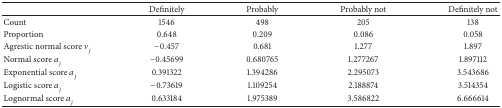
<table><thead><tr><td><b> </b></td><td><b>Definitely</b></td><td><b>Probably</b></td><td><b>Probably not</b></td><td><b>Definitely not</b></td></tr></thead><tbody><tr><td>Count</td><td>1546</td><td>498</td><td>205</td><td>138</td></tr><tr><td>Proportion</td><td>0.648</td><td>0.209</td><td>0.086</td><td>0.058</td></tr><tr><td>Agrestic normal score <i>v</i><sub><i>j</i></sub></td><td>−0.457</td><td>0.681</td><td>1.277</td><td>1.897</td></tr><tr><td>Normal score <i>a</i><sub><i>j</i></sub></td><td>−0.45699</td><td>0.680765</td><td>1.277267</td><td>1.897112</td></tr><tr><td>Exponential score <i>a</i><sub><i>j</i></sub></td><td>0.391322</td><td>1.394286</td><td>2.295073</td><td>3.543686</td></tr><tr><td>Logistic score <i>a</i><sub><i>j</i></sub></td><td>−0.73619</td><td>1.109254</td><td>2.188874</td><td>3.514354</td></tr><tr><td>Lognormal score <i>a</i><sub><i>j</i></sub></td><td>0.633184</td><td>1.975389</td><td>3.586822</td><td>6.666614</td></tr></tbody></table>